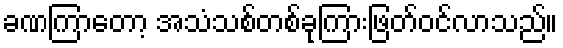
ခဏကြာတော့ အသံသစ်တစ်ခုကြားဖြတ်ဝင်လာသည်။